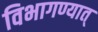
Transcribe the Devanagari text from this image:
विभागण्यात्